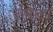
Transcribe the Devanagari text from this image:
उमराला